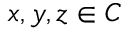
x , y , z \in C